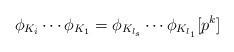
LaTeX: \begin{align*}\phi_{K_i} \cdots \phi_{K_1} = \phi_{K_{l_s}} \cdots \phi_{K_{l_1}} [p^k]\end{align*}